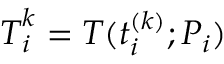
\boldsymbol { T } _ { i } ^ { k } = \boldsymbol { T } ( t _ { i } ^ { ( k ) } ; P _ { i } )